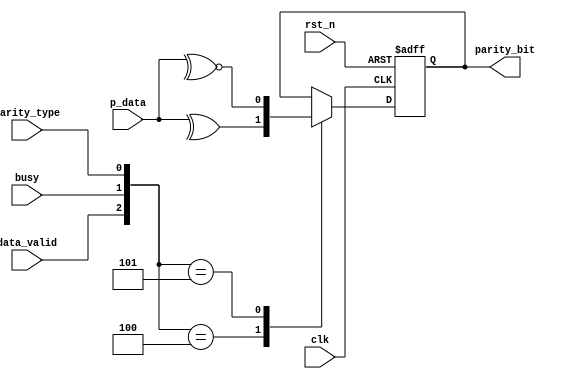
module parity_calc #(parameter data_width=8)(
input [data_width-1:0]p_data,
input data_valid,busy,parity_type,
input clk,rst_n,
output reg parity_bit
);

always @(posedge clk , negedge rst_n) begin
    if(!rst_n)
        parity_bit<=0;
    else begin
    case ({data_valid,busy,parity_type})
        3'b100:parity_bit<=^(p_data);
        3'b101:parity_bit<=^~(p_data); 
        default:parity_bit<=parity_bit;
    endcase       
    end 
end
endmodule